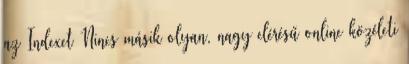
az Indexet Nincs másik olyan, nagy elérésű online közéleti